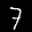
Label: 7